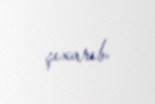
çıxarıb.